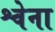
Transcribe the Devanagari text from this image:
श्वेना